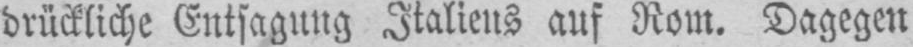
drückliche Entsagung Italiens auf Rom. Dagegen